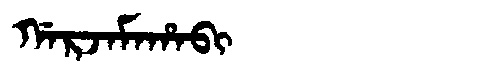
Manchu: ᡤᠠᡵᠵᠠᠮᠠᡥᠠᠪᡳ
Romanization: GARJAMAHABI